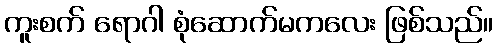
ကူးစက် ရောဂါ စုံဆောက်မကလေး ဖြစ်သည်။